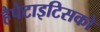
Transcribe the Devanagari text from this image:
हैपेटाइटिसको